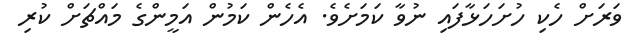
ވަރަށް ހެކި ހުށަހަޅާފައި ނުވާ ކަމަށެވެ. އެހެން ކަމުން އަމީންގެ މައްޗަށް ކުރި